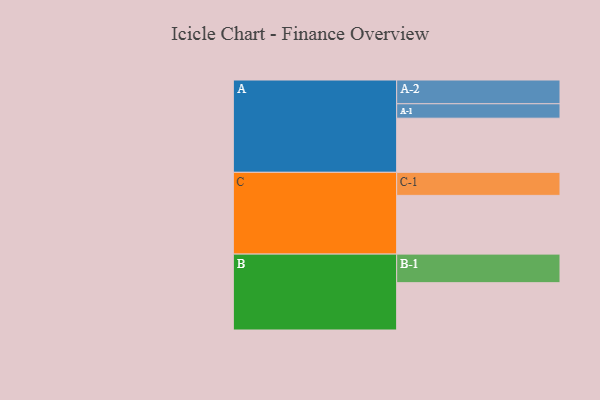
{"axis": {"x": "Segment", "y": "Value"}, "legend": ["", "A", "B", "C"], "data": [{"x": "A", "y": 540, "type": ""}, {"x": "B", "y": 472, "type": ""}, {"x": "C", "y": 586, "type": ""}, {"x": "A-1", "y": 144, "type": "A"}, {"x": "A-2", "y": 237, "type": "A"}, {"x": "B-1", "y": 285, "type": "B"}, {"x": "C-1", "y": 230, "type": "C"}]}